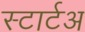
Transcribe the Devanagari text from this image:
स्टार्टअ